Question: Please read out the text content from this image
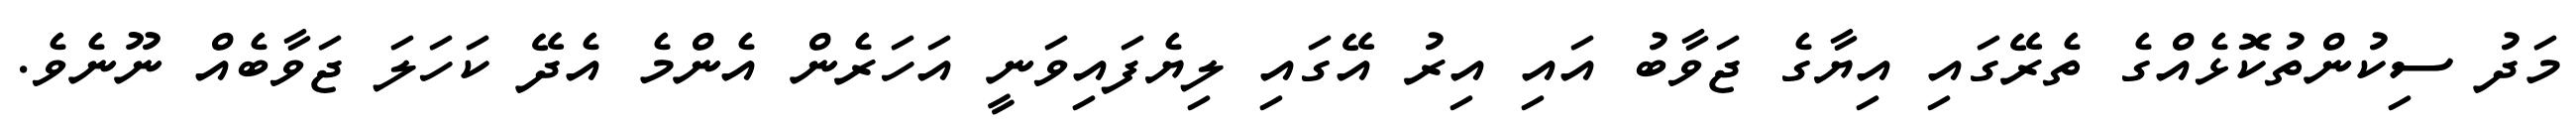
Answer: މަދު ސިކުންތުކޮޅެއްގެ ތެރޭގައި އިޔާގެ ޖަވާބު އައި އިރު އޭގައި ލިޔެފައިވަނީ އަހަރެން އެންމެ އެދޭ ކަހަލަ ޖަވާބެއް ނޫނެވެ.